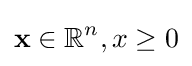
\mathbf {x} \in \mathbb {R} ^{n},x\geq 0